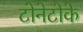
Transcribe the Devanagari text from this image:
टोनेटोके